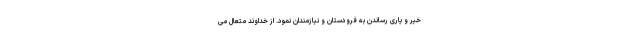
خیر و یاری رساندن به فرودستان و نیازمندان نمود. از خداوند متعال می